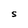
Character: S